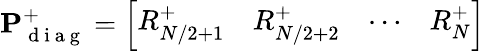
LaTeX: \mathbf{P}_{\mathrm{~d~i~a~g~}}^{+}=\left[\begin{array}{llll}{R_{N/2+1}^{+}}&{R_{N/2+2}^{+}}&{\cdots}&{R_{N}^{+}}\end{array}\right]